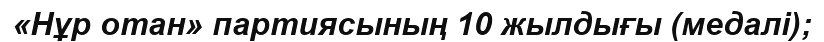
«Нұр отан» партиясының 10 жылдығы (медалі);